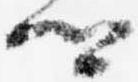
卿